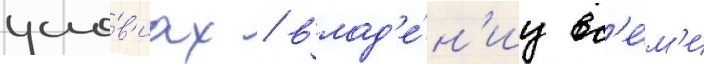
усло́в'иах / влад'е́н'иу вс'е́м'и